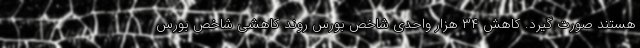
هستند صورت گیرد. کاهش ۳۴ هزار واحدی شاخص بورس روند کاهشی شاخص بورس